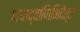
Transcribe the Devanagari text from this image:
भयाद्वीणिभिदैत्त